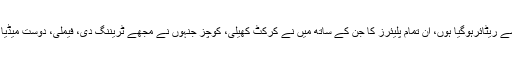
شعیب نے اپنی ٹویٹ میں لکھا ’’ آج میں ایک روزہ بین القوامی کرکٹ سے ریٹائرہوگیا ہوں، ان تمام پلیئرز کا جن کے ساتھ میں نے کرکٹ کھیلی، کوچز جنہوں نے مجھے ٹریننگ دی، فیملی، دوست میڈیا اور اسپانسرز اور سب سے بڑھ کر میرے پرستاروں کا بے حد شکریہ۔